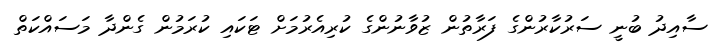
ސާއިދު ބުނީ ސަރުކާރުންގެ ފަރާތުން ޒުވާނުންގެ ކުރިއެރުމަށް ޓަކައި ކުރަމުން ގެންދާ މަސައްކަތް